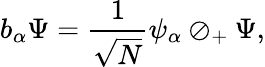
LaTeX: b_{\alpha}\Psi={\frac{1}{\sqrt{N}}}\psi_{\alpha}\oslash_{+}\Psi,